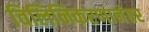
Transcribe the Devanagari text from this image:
विलिनिकरणानंतर